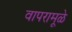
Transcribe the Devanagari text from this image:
वापरामूळे